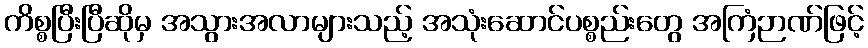
ကိစ္စပြီးပြီဆိုမှ အသွားအလာများသည့် အသုံးဆောင်ပစ္စည်းတွေ အကြံဉာဏ်ဖြင့်